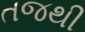
તજથી